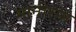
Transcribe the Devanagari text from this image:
मानीराम